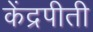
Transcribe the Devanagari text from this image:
केंद्रपीती